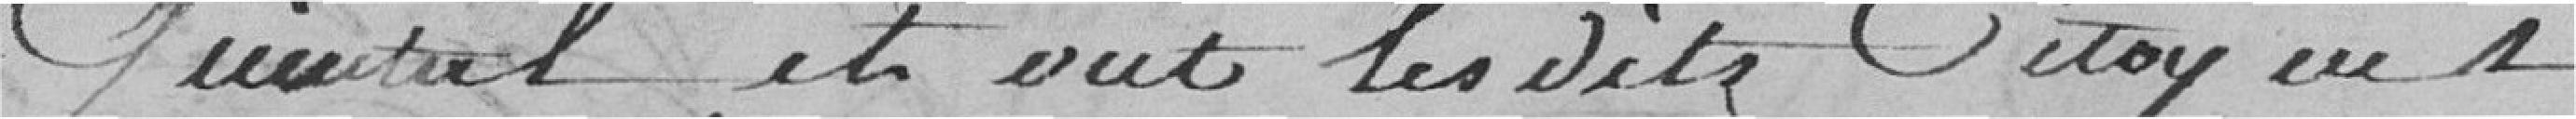
quintal et ont les dits citoyens